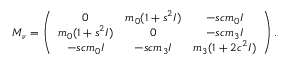
{ \cal M } _ { \nu } = \left( \begin{array} { c c c } { { 0 } } & { { m _ { 0 } ( 1 + s ^ { 2 } I ) } } & { { - s c m _ { 0 } I } } \\ { { m _ { 0 } ( 1 + s ^ { 2 } I ) } } & { { 0 } } & { { - s c m _ { 3 } I } } \\ { { - s c m _ { 0 } I } } & { { - s c m _ { 3 } I } } & { { m _ { 3 } ( 1 + 2 c ^ { 2 } I ) } } \end{array} \right) .